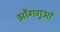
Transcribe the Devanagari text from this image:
झोंगगुओ